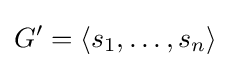
G'=\langle s_{1},\ldots ,s_{n}\rangle